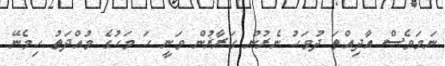
ނަމަވެސް އާދިއްތަ ދުވަހު ނެރުނު ގަރާޜުން ވަނީ ހަ މަހުގެ މުއްދަތު ހިމެނޭ